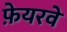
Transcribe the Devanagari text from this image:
फ़ेयरवे